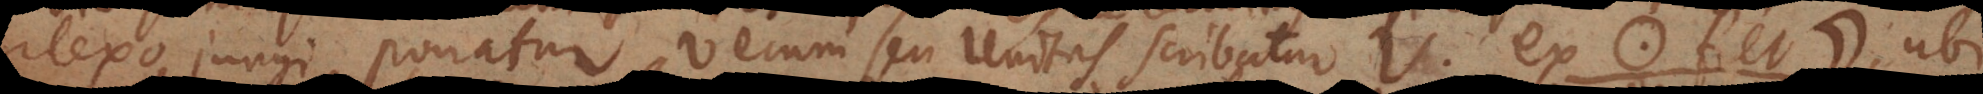
plexo jungi ponatur, verum seu Unitas scribatur V, ex * fiet +, ubi